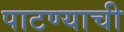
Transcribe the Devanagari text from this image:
पाटण्याची